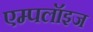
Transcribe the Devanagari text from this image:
एम्‍पलॉइज